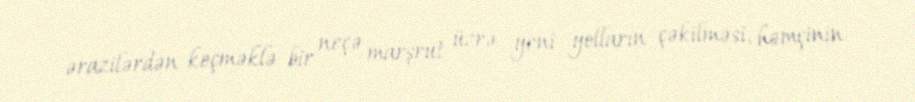
ərazilərdən keçməklə bir neçə marşrut üzrə yeni yolların çəkilməsi, həmçinin